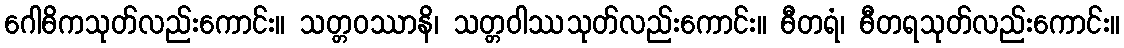
ဂေါဓိကသုတ်လည်းကောင်း။ သတ္တဝဿာနိ၊ သတ္တဝါဿသုတ်လည်းကောင်း။ ဓီတရံ၊ ဓီတရသုတ်လည်းကောင်း။